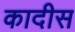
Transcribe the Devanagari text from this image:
कादीस